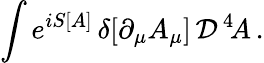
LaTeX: \int e^{iS[A]}\, \delta[\partial_{\mu}A_{\mu}]\, {\cal D}^{\, 4}\! A\, .